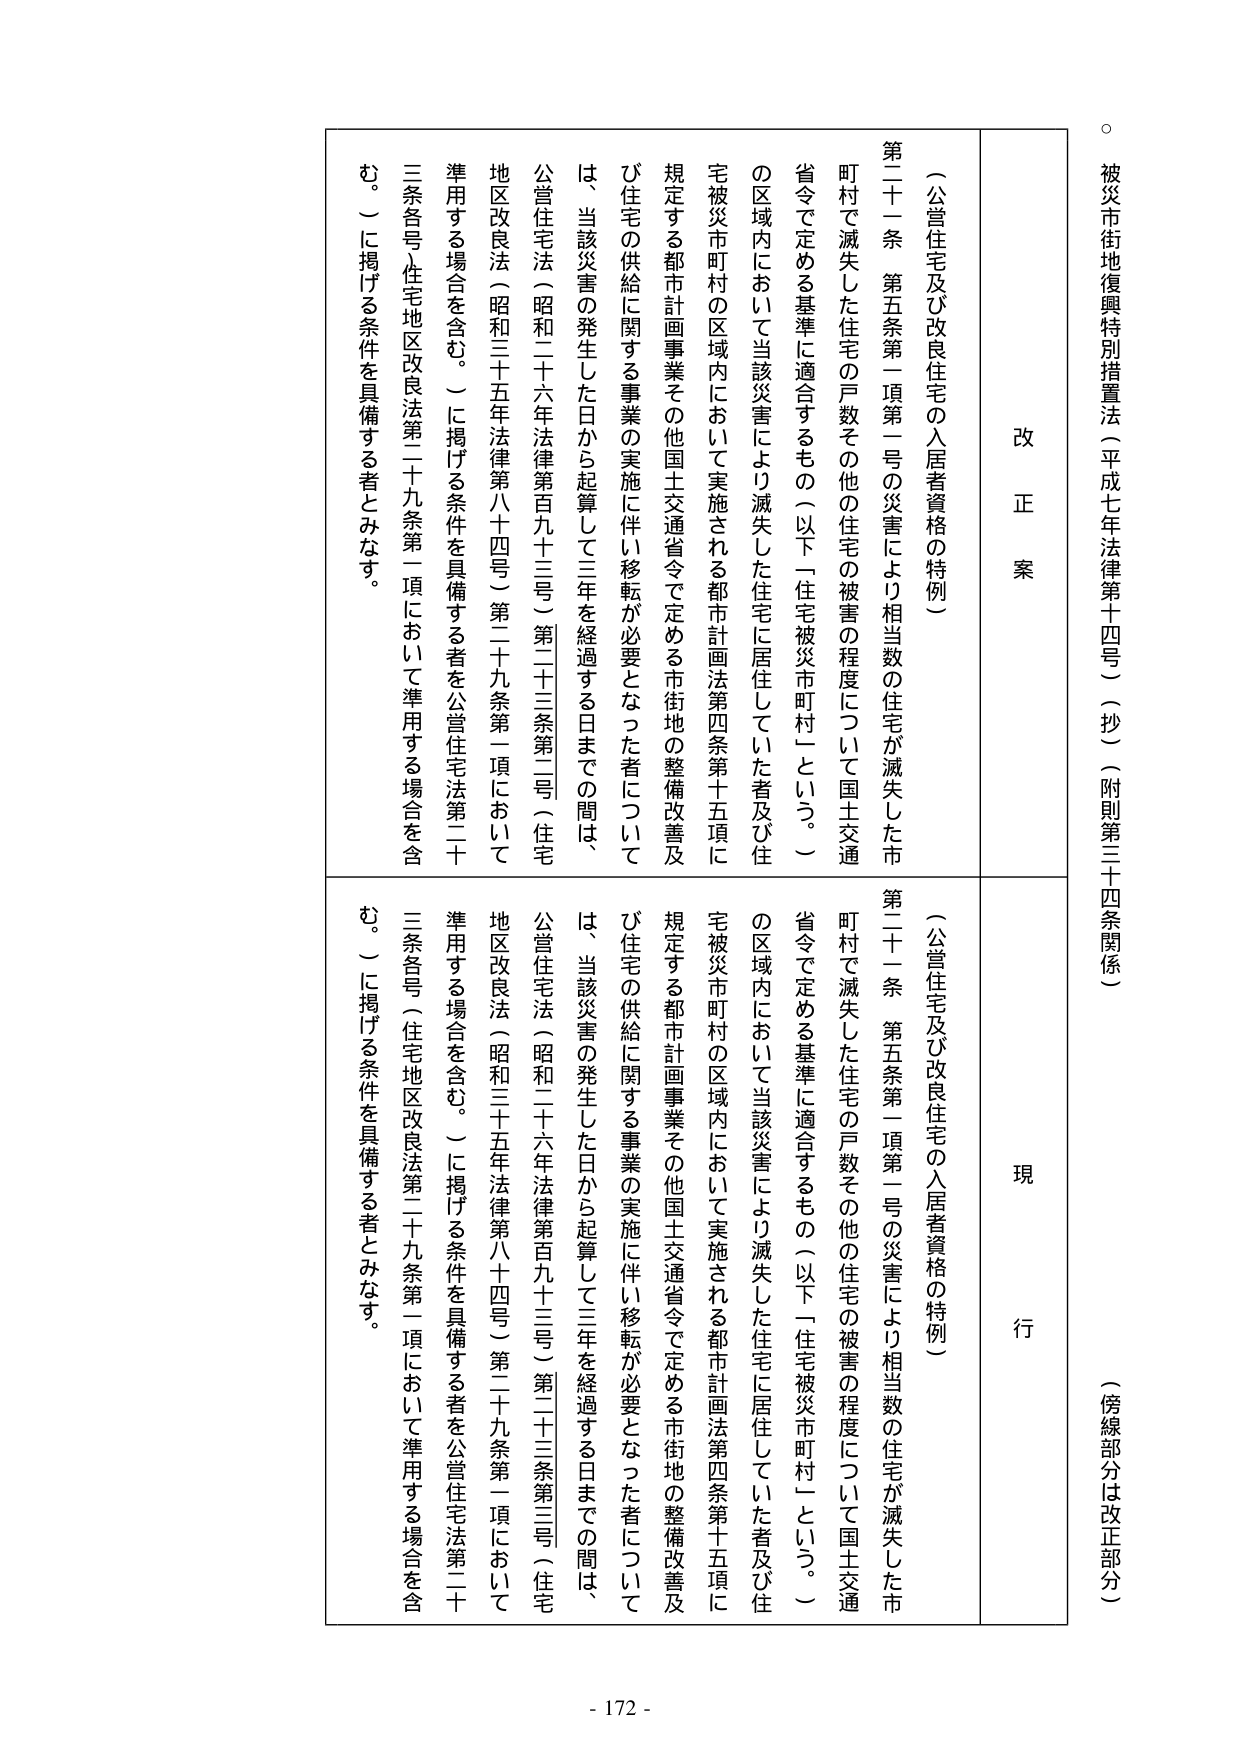
被災市街地復興特別措置法（平成七年法律第十四号）（抄）（附則第三十四条関係）
（傍線部分は改正部分）

改正案
現行

（公営住宅及び改良住宅の入居者資格の特例）
第二十一条 第五条第一項第一号の災害により相当数の住宅が滅失した市町村で滅失した住宅の戸数その他の住宅の被害の程度について国土交通省令で定める基準に適合するもの（以下「住宅被災市町村」という。）の区域内において当該災害により滅失した住宅に居住していた者及び住宅被災市町村の区域内において実施される都市計画法第四条第十五項に規定する都市計画事業その他国土交通省令で定める市街地の整備改善及び住宅の供給に関する事業の実施に伴い移転が必要となった者については、当該災害の発生した日から起算して三年を経過する日までの間は、公営住宅法（昭和二十六年法律第百九十三号）第二十三条第三号（住宅地区改良法（昭和三十五年法律第八十四号）第二十九条第一項において準用する場合を含む。）に掲げる条件を具備する者を公営住宅法第二十三条各号（住宅地区改良法第二十九条第一項において準用する場合を含む。）に掲げる条件を具備する者とみなす。

（公営住宅及び改良住宅の入居者資格の特例）
第二十一条 第五条第一項第一号の災害により相当数の住宅が滅失した市町村で滅失した住宅の戸数その他の住宅の被害の程度について国土交通省令で定める基準に適合するもの（以下「住宅被災市町村」という。）の区域内において当該災害により滅失した住宅に居住していた者及び住宅被災市町村の区域内において実施される都市計画法第四条第十五項に規定する都市計画事業その他国土交通省令で定める市街地の整備改善及び住宅の供給に関する事業の実施に伴い移転が必要となった者については、当該災害の発生した日から起算して三年を経過する日までの間は、公営住宅法（昭和二十六年法律第百九十三号）第二十三条第三号（住宅地区改良法（昭和三十五年法律第八十四号）第二十九条第一項において準用する場合を含む。）に掲げる条件を具備する者を公営住宅法第二十三条各号（住宅地区改良法第二十九条第一項において準用する場合を含む。）に掲げる条件を具備する者とみなす。

- 172 -